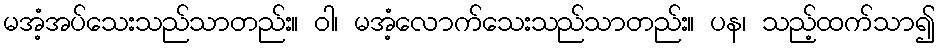
မအံ့အပ်သေးသည်သာတည်း။ ဝါ၊ မအံ့လောက်သေးသည်သာတည်း။ ပန၊ သည့်ထက်သာ၍